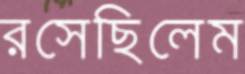
রসেছিলেম